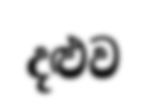
දළුව